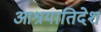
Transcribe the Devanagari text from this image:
आश्रयातिदेश